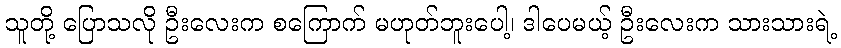
သူတို့ ပြောသလို ဦးလေးက စကြောက် မဟုတ်ဘူးပေါ့၊ ဒါပေမယ့် ဦးလေးက သားသားရဲ့